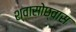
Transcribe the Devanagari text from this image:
श्वासोछ्वास